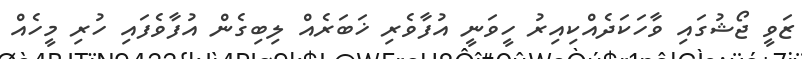
ޒަވީ ޖޯޝުގައި ވާހަކަދެއްކިއިރު ހީވަނީ އުފާވެރި ޚަބަރެއް ލިބިގެން އުފާވެފައި ހުރި މީހެއް